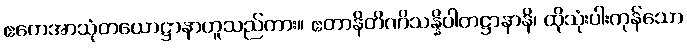
ဧတေအာသုံတယောဋ္ဌာနာဟူသည်ကား။ ဧတာနိတိဏိသန္နိပါတဋ္ဌာနာနိ၊ ထိုသုံးပါးကုန်သော